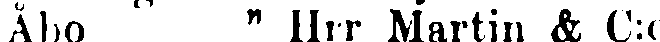
Åbo " Hrr Martin & C:o